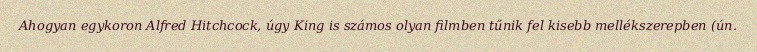
Ahogyan egykoron Alfred Hitchcock, úgy King is számos olyan filmben tűnik fel kisebb mellékszerepben (ún.